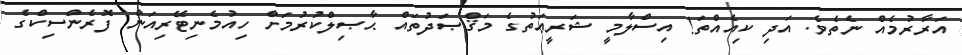
އަރާރުމެއް ނެތެވެ. އަދި ކިއެއްތަ! އިސްލާމީ ޝަރީޢަތުގެ މަޤްޞަދުތައް ޙާޞިލްކުރުމަށް ހިއުމެނިޓޭރިއަން ފޮރެންސިކްގެ